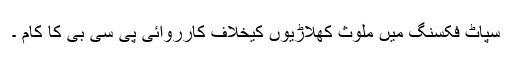
سپاٹ فکسنگ میں ملوث کھلاڑیوں کیخلاف کارروائی پی سی بی کا کام ۔